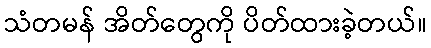
သံတမန် အိတ်တွေကို ပိတ်ထားခဲ့တယ်။